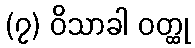
(၇) ဝိသာခါ ဝတ္ထု